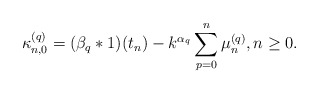
\begin{align*} \kappa_{n,0}^{(q)} = ( \beta_q \ast 1 )(t_n) - k^{\alpha_q}\sum\limits_{p=0}^{n} \mu_{n}^{(q)}, n\geq 0. \end{align*}